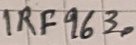
Text: IRF9630